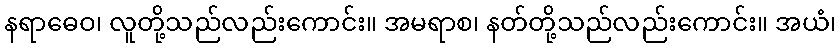
နရာဓေဝ၊ လူတို့သည်လည်းကောင်း။ အမရာစ၊ နတ်တို့သည်လည်းကောင်း။ အယံ၊